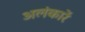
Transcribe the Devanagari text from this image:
अलंकारें